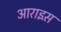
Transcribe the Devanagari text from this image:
आराइस़